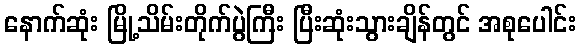
နောက်ဆုံး မြို့သိမ်းတိုက်ပွဲကြီး ပြီးဆုံးသွားချိန်တွင် အစုပေါင်း